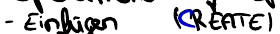
- Einfügen (CREATE)